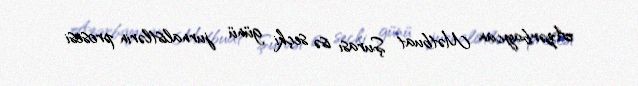
Azərbaycan Mətbuat Şurası isə seçki günü jurnalistlərin prosesi